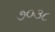
૭૦૩૮